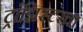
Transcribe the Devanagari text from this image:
ट्रांझिस्टरचा